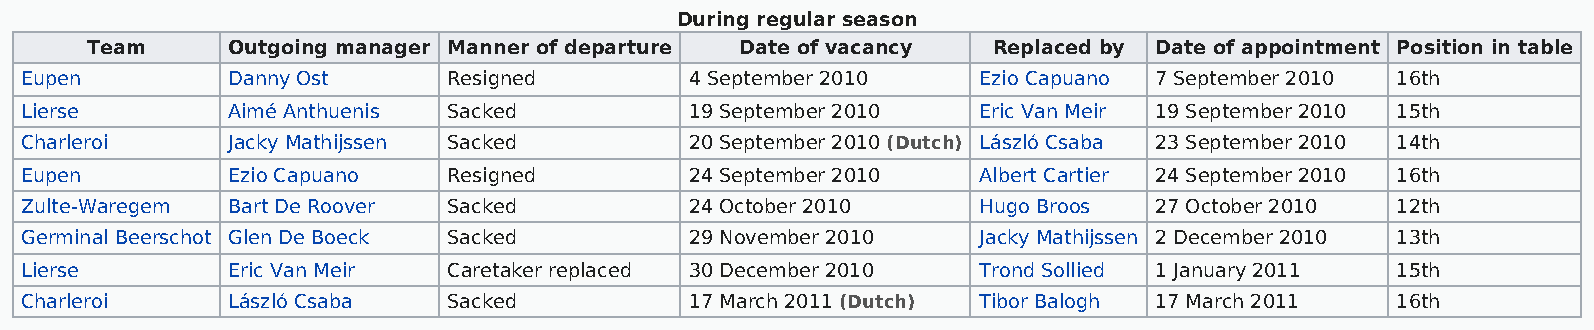
During regular season
 Team     Outgoing manager Manner of departure Date of vacancy Replaced by Date of appointment Position in table
 Eupen         Danny Ost      Resigned        4 September 2010   Ezio Capuano 7 September 2010 16th
 Lierse        Aimé Anthuenis Sacked          19 September 2010  Eric Van Meir 19 September 2010 15th
 Charleroi     Jacky Mathijssen Sacked        20 September 2010 (Dutch) László Csaba 23 September 2010 14th
 Eupen         Ezio Capuano   Resigned        24 September 2010  Albert Cartier 24 September 2010 16th
 Zulte-Waregem Bart De Roover Sacked          24 October 2010    Hugo Broos 27 October 2010 12th
 Germinal Beerschot Glen De Boeck Sacked      29 November 2010   Jacky Mathijssen 2 December 2010 13th
 Lierse        Eric Van Meir  Caretaker replaced 30 December 2010 Trond Sollied 1 January 2011 15th
 Charleroi     László Csaba   Sacked          17 March 2011 (Dutch) Tibor Balogh 17 March 2011 16th